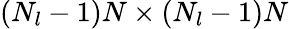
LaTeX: (N_{l}-1)N\times(N_{l}-1)N